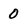
Character: 0